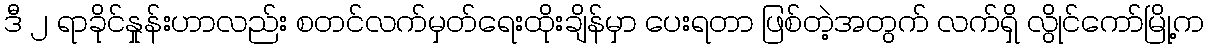
ဒီ ၂ ရာခိုင်နှုန်းဟာလည်း စတင်လက်မှတ်ရေးထိုးချိန်မှာ ပေးရတာ ဖြစ်တဲ့အတွက် လက်ရှိ လွိုင်ကော်မြို့က